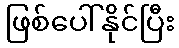
ဖြစ်ပေါ်နိုင်ပြီး